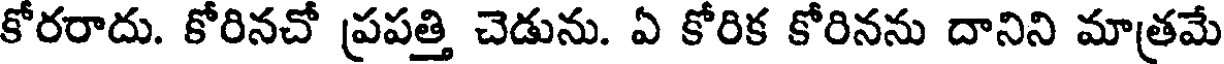
కోరరాదు. కోరినచో ప్రపత్తి చెడును. ఏ కోరిక కోరినను దానిని మాత్రమే